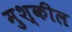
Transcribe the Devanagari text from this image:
मुश्कील